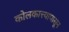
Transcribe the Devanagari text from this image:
कोलकात्त्यापासून